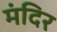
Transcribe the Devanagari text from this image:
मंंदिर